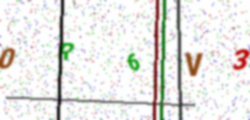
Text: 0R6V3